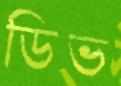
ডিভ